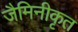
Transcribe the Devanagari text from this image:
जैमिनीकृत